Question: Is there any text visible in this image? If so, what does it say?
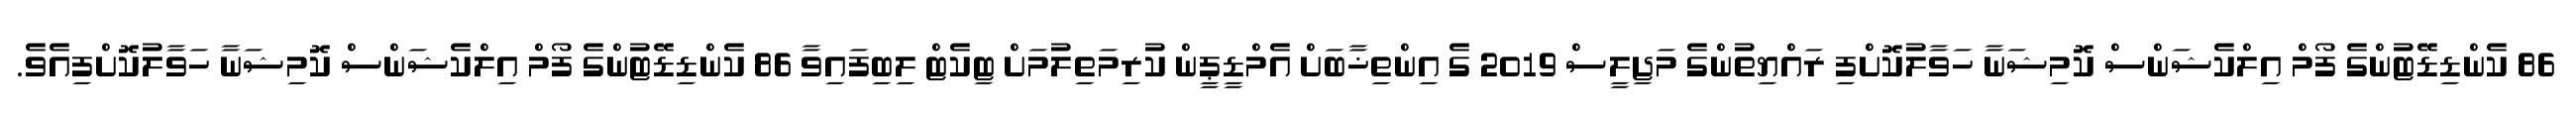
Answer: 86 ކެންޑިޑޭޓުންގެ ފޯމް އިލްކެޝަންސް ކޮމިޝަނާ ހަވާލުކޮށްފި ރައްޔިތުންގެ މަޖިލީސް 2019 ގެ އިންތިޚާބަށް އެމްޑީޕީން ކުރިމަތިލުމަށް ޓިކެޓް ލިބިފައިވާ 86 ކެންޑިޑޭޓުންގެ ފޯމް އިލްކެޝަންސް ކޮމިޝަނާ ހަވާލުކޮށްފިއެވެ.